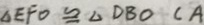
\Delta E F O \cong \Delta D B O ( A